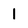
Character: 1